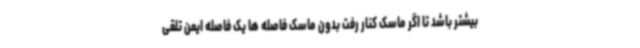
بیشتر باشد تا اگر ماسک کنار رفت بدون ماسک فاصله ها یک فاصله ایمن تلقی